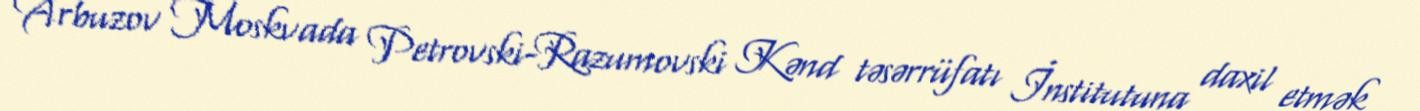
Arbuzov Moskvada Petrovski-Razumovski Kənd təsərrüfatı İnstitutuna daxil etmək